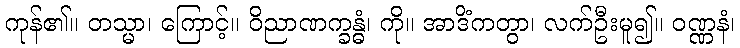
ကုန်၏။ တသ္မာ၊ ကြောင့်။ ဝိညာဏက္ခန္ဓံ၊ ကို။ အာဒိံကတွာ၊ လက်ဦးမူ၍။ ဝဏ္ဏနံ၊